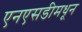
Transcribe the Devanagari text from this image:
एनएसडीमधून